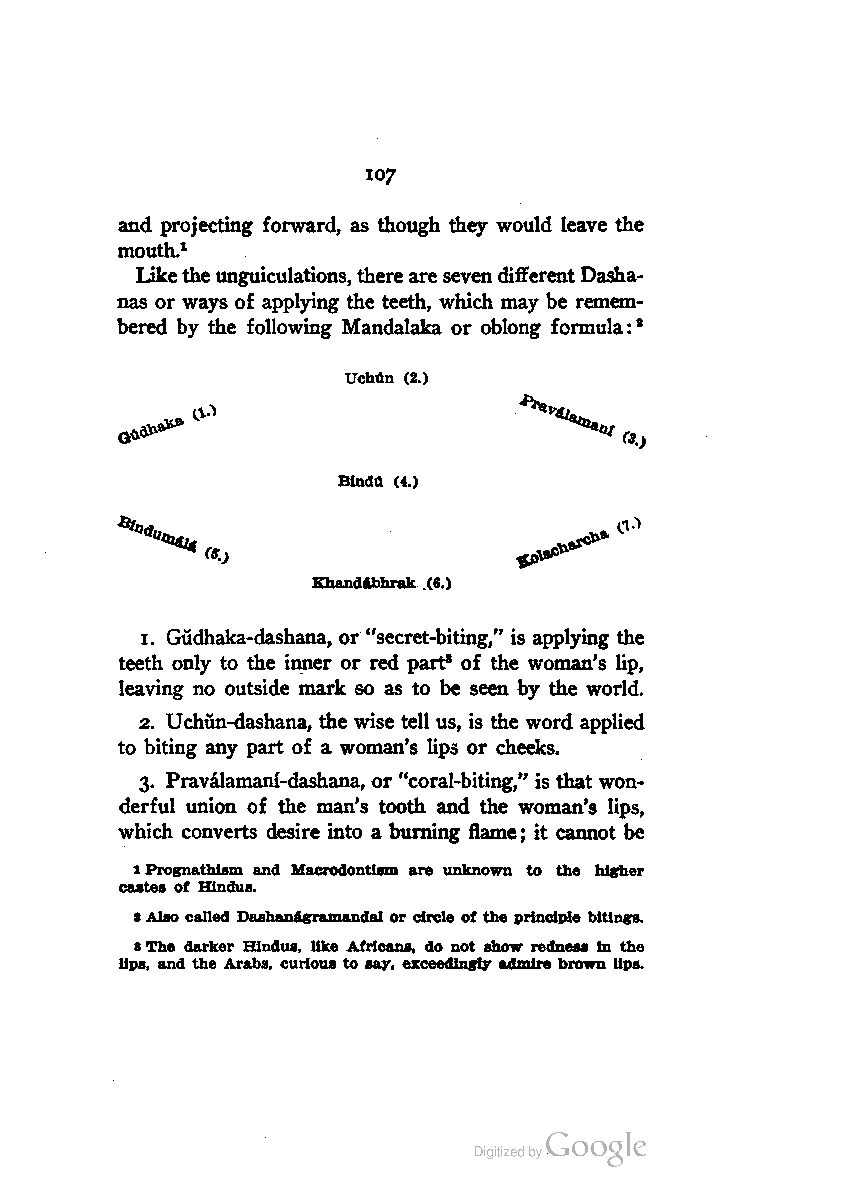
107
 and projecting forward, as though they would leave the
 mouth.1
 liketheunguiculations,therearesevendifferentDasha-
 nas or ways of applying the teeth, which may be remem
 bered by the following Mandalaka or oblong formula:8
 Uchun (2.)
 Bindu (4.)
 fS.}
 Khandibhrak (6.)
 1. Gudhaka-dashana, or "secret-biting," is applying the
 teeth only to the inner or red part* of the woman's lip,
 leaving no outside mark so as to be seen by the world.
 2. Uchun-dashana, the wise tell us, is the word applied
 to biting any part of a woman's lips or cheeks.
 3. Pravalamani-dashana, or "coral-biting," is that won
 derful union of the man's tooth and the woman's lips,
 which converts desire into a burning flame; it cannot be
 1Prognathism and Macrodontlam are unknown to the higher
 castes of Hindus.
 2Also called Dashanagramandal or circle of the principle bitings.
 3The darker Hindus, like Africans, do not show redness in the
 lips, and the Arabs, curious to say, exceedingly admire brown Hps.